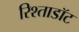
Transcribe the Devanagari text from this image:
रिश्ताडॉट